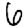
Digit: 6